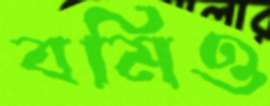
বমিও